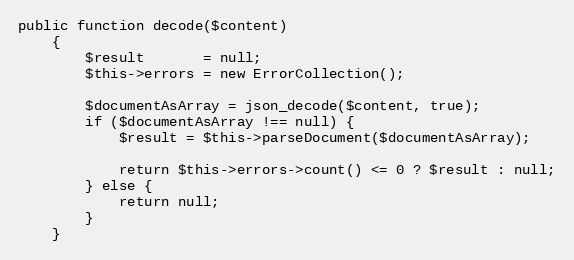
Language: PHP
public function decode($content)
    {
        $result       = null;
        $this->errors = new ErrorCollection();

        $documentAsArray = json_decode($content, true);
        if ($documentAsArray !== null) {
            $result = $this->parseDocument($documentAsArray);

            return $this->errors->count() <= 0 ? $result : null;
        } else {
            return null;
        }
    }